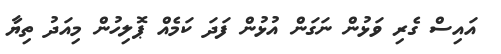
އައިސް ގެރި ވަޅުން ނަގަން އުޅުން ފަދަ ކަމެއް ޕޮލިހުން މިއަދު ތިޔާ